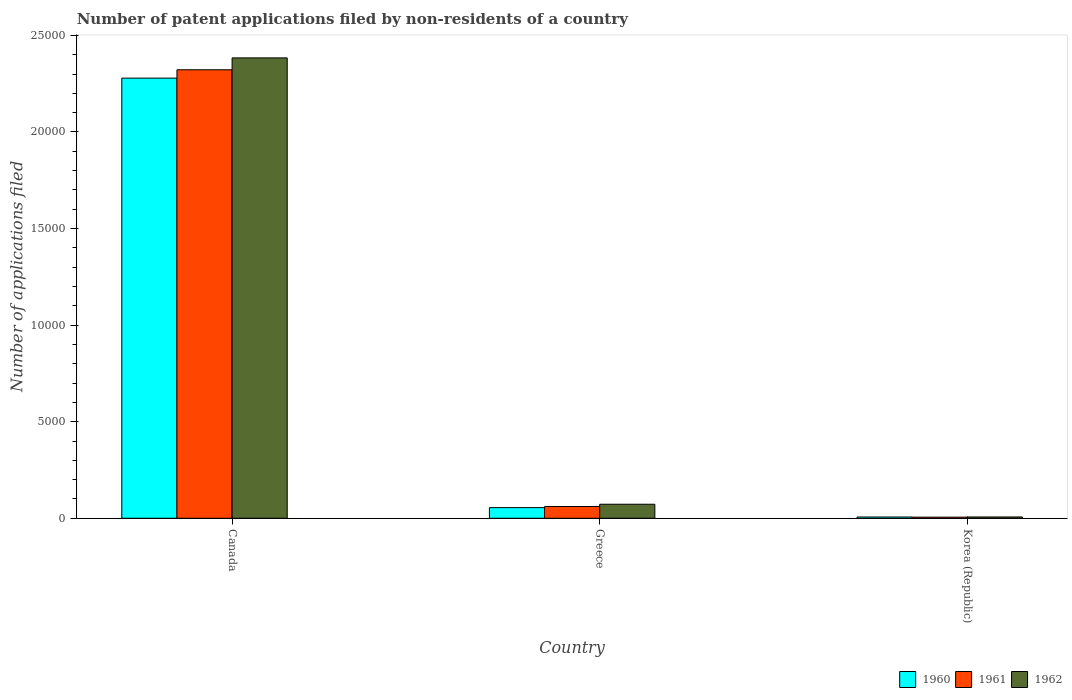
| Country | 1960 | 1961 | 1962 |
 | --- | --- | --- | --- |
 | Canada | 2.28e+04 | 2.32e+04 | 2.38e+04 |
 | Greece | 551 | 609 | 726 |
 | Korea (Republic) | 66 | 58 | 68 |